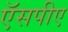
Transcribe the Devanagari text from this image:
ऍसपीए